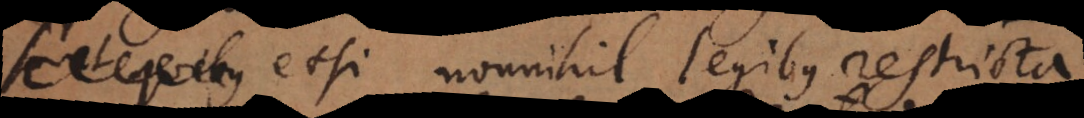
etsi nonnihil legibus restricta